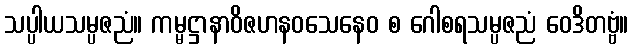
သပ္ပါယသမ္ပဇညံ။ ကမ္မဋ္ဌာနာဝိဇဟနဝသေနေဝ စ ဂေါစရသမ္ပဇညံ ဝေဒိတဗ္ဗံ။